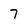
Character: 7